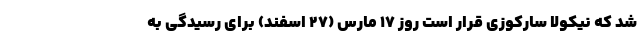
شد که نیکولا سارکوزی قرار است روز ۱۷ مارس (۲۷ اسفند) برای رسیدگی به